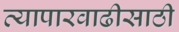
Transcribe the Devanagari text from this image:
व्यापारवाढीसाठी